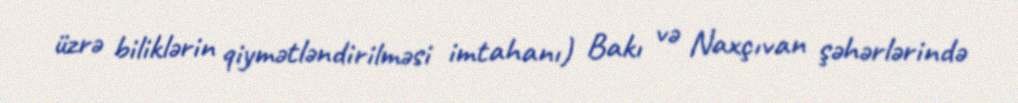
üzrə biliklərin qiymətləndirilməsi imtahanı) Bakı və Naxçıvan şəhərlərində